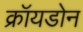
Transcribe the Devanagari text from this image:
क्रॉयडोन